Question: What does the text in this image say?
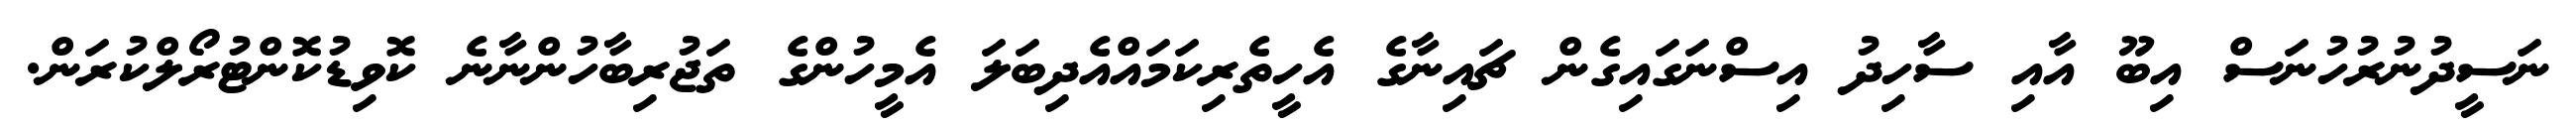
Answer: ނަސީދުނުރުހުނަސް އިބޫ އާއި ސާހިދު އިސްނަގައިގެން ޗައިނާގެ އެހީތެރިކަމައްއެދިބަލަ އެމީހުންގެ ތަޖުރިބާހުންނާނެ ކޮވިޑުކޮންޓުރޯލްކުރަން.